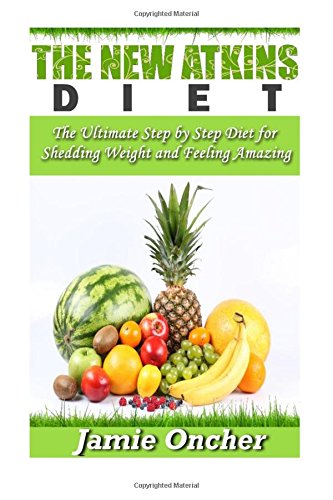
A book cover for The New Atkins Diet: The Ultimate Step by Step Diet for Shedding Weight and Feeling Amazing; Jamie Oncher; Health, Fitness & Dieting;